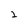
Character: 2